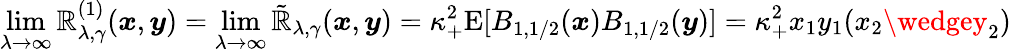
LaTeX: \operatorname*{lim}_{\lambda\to\infty}\mathbb{R}_{\lambda,\gamma}^{(1)}(\boldsymbol{x},\boldsymbol{y})=\operatorname*{lim}_{\lambda\to\infty}\tilde{{\mathbb{R}}}_{\lambda,\gamma}(\boldsymbol{x},\boldsymbol{y})=\kappa_{+}^{2}\mathrm{E}[B_{1,1/2}(\boldsymbol{x})B_{1,1/2}(\boldsymbol{y})]=\kappa_{+}^{2}x_{1}y_{1}(x_{2}\wedgey_{2})